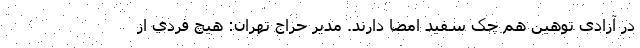
در آزادی توهین هم چک سفید امضا دارند. مدير حراج تهران: هيچ فردي از